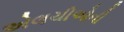
એલચીઓની